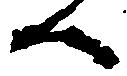
へ